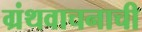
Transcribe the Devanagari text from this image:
ग्रंथवाचनाची